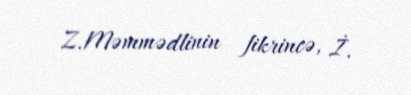
Z.Məmmədlinin fikrincə, İ.